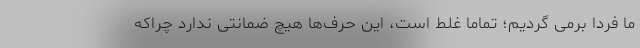
ما فردا برمی گردیم؛ تماما غلط است، این حرف‌ها هیچ ضمانتی ندارد چراکه